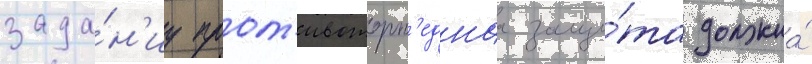
зада́н'иу прот'ивоторп'еднаа защи́та должна́